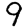
Digit: 9